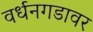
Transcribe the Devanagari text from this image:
वर्धनगडावर